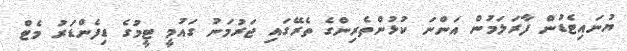
ޔުނައިޓެޑުން ފާރަލަމުން އަންނަ ކުޅުންތެރިންގެ ތެރޭގައި ޖަރުމަނު ގައުމީ ޓީމުގެ ޑިފެންޑަރު މެޓް